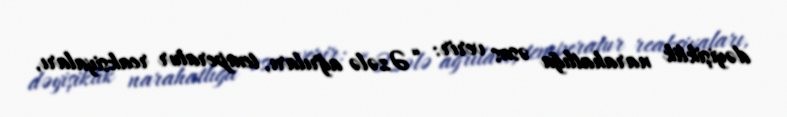
dəyişiklik narahatlığa əsas verir: “Əzələ ağrıları, temperatur reaksiyaları,